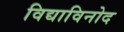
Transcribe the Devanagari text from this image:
विद्याविनोद